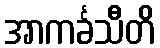
အာကင်္ခသီတိ